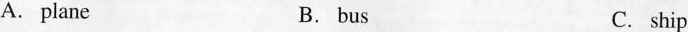
A. plane B. bus C. ship